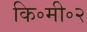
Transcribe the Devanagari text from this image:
कि॰मी॰२